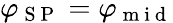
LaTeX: \varphi_{\mathrm{~S~P~}}=\varphi_{\mathrm{~m~i~d~}}